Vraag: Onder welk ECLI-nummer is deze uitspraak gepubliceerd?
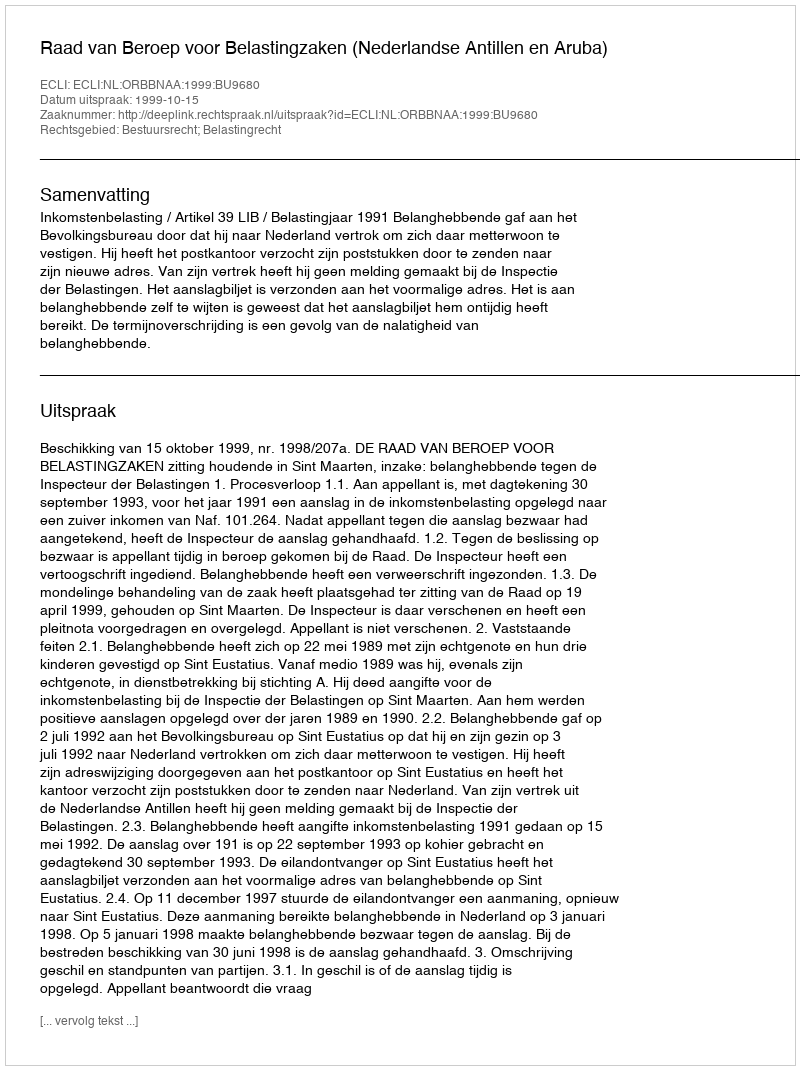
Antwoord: ECLI:NL:ORBBNAA:1999:BU9680